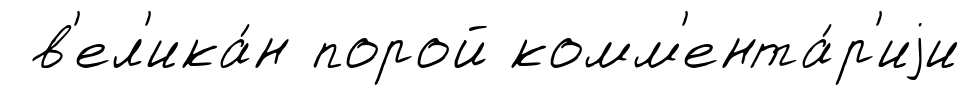
в'ел'ика́н порой комм'ента́р'иjи